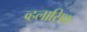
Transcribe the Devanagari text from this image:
व्हलासिक